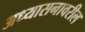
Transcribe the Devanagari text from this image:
अध्यासनावरील